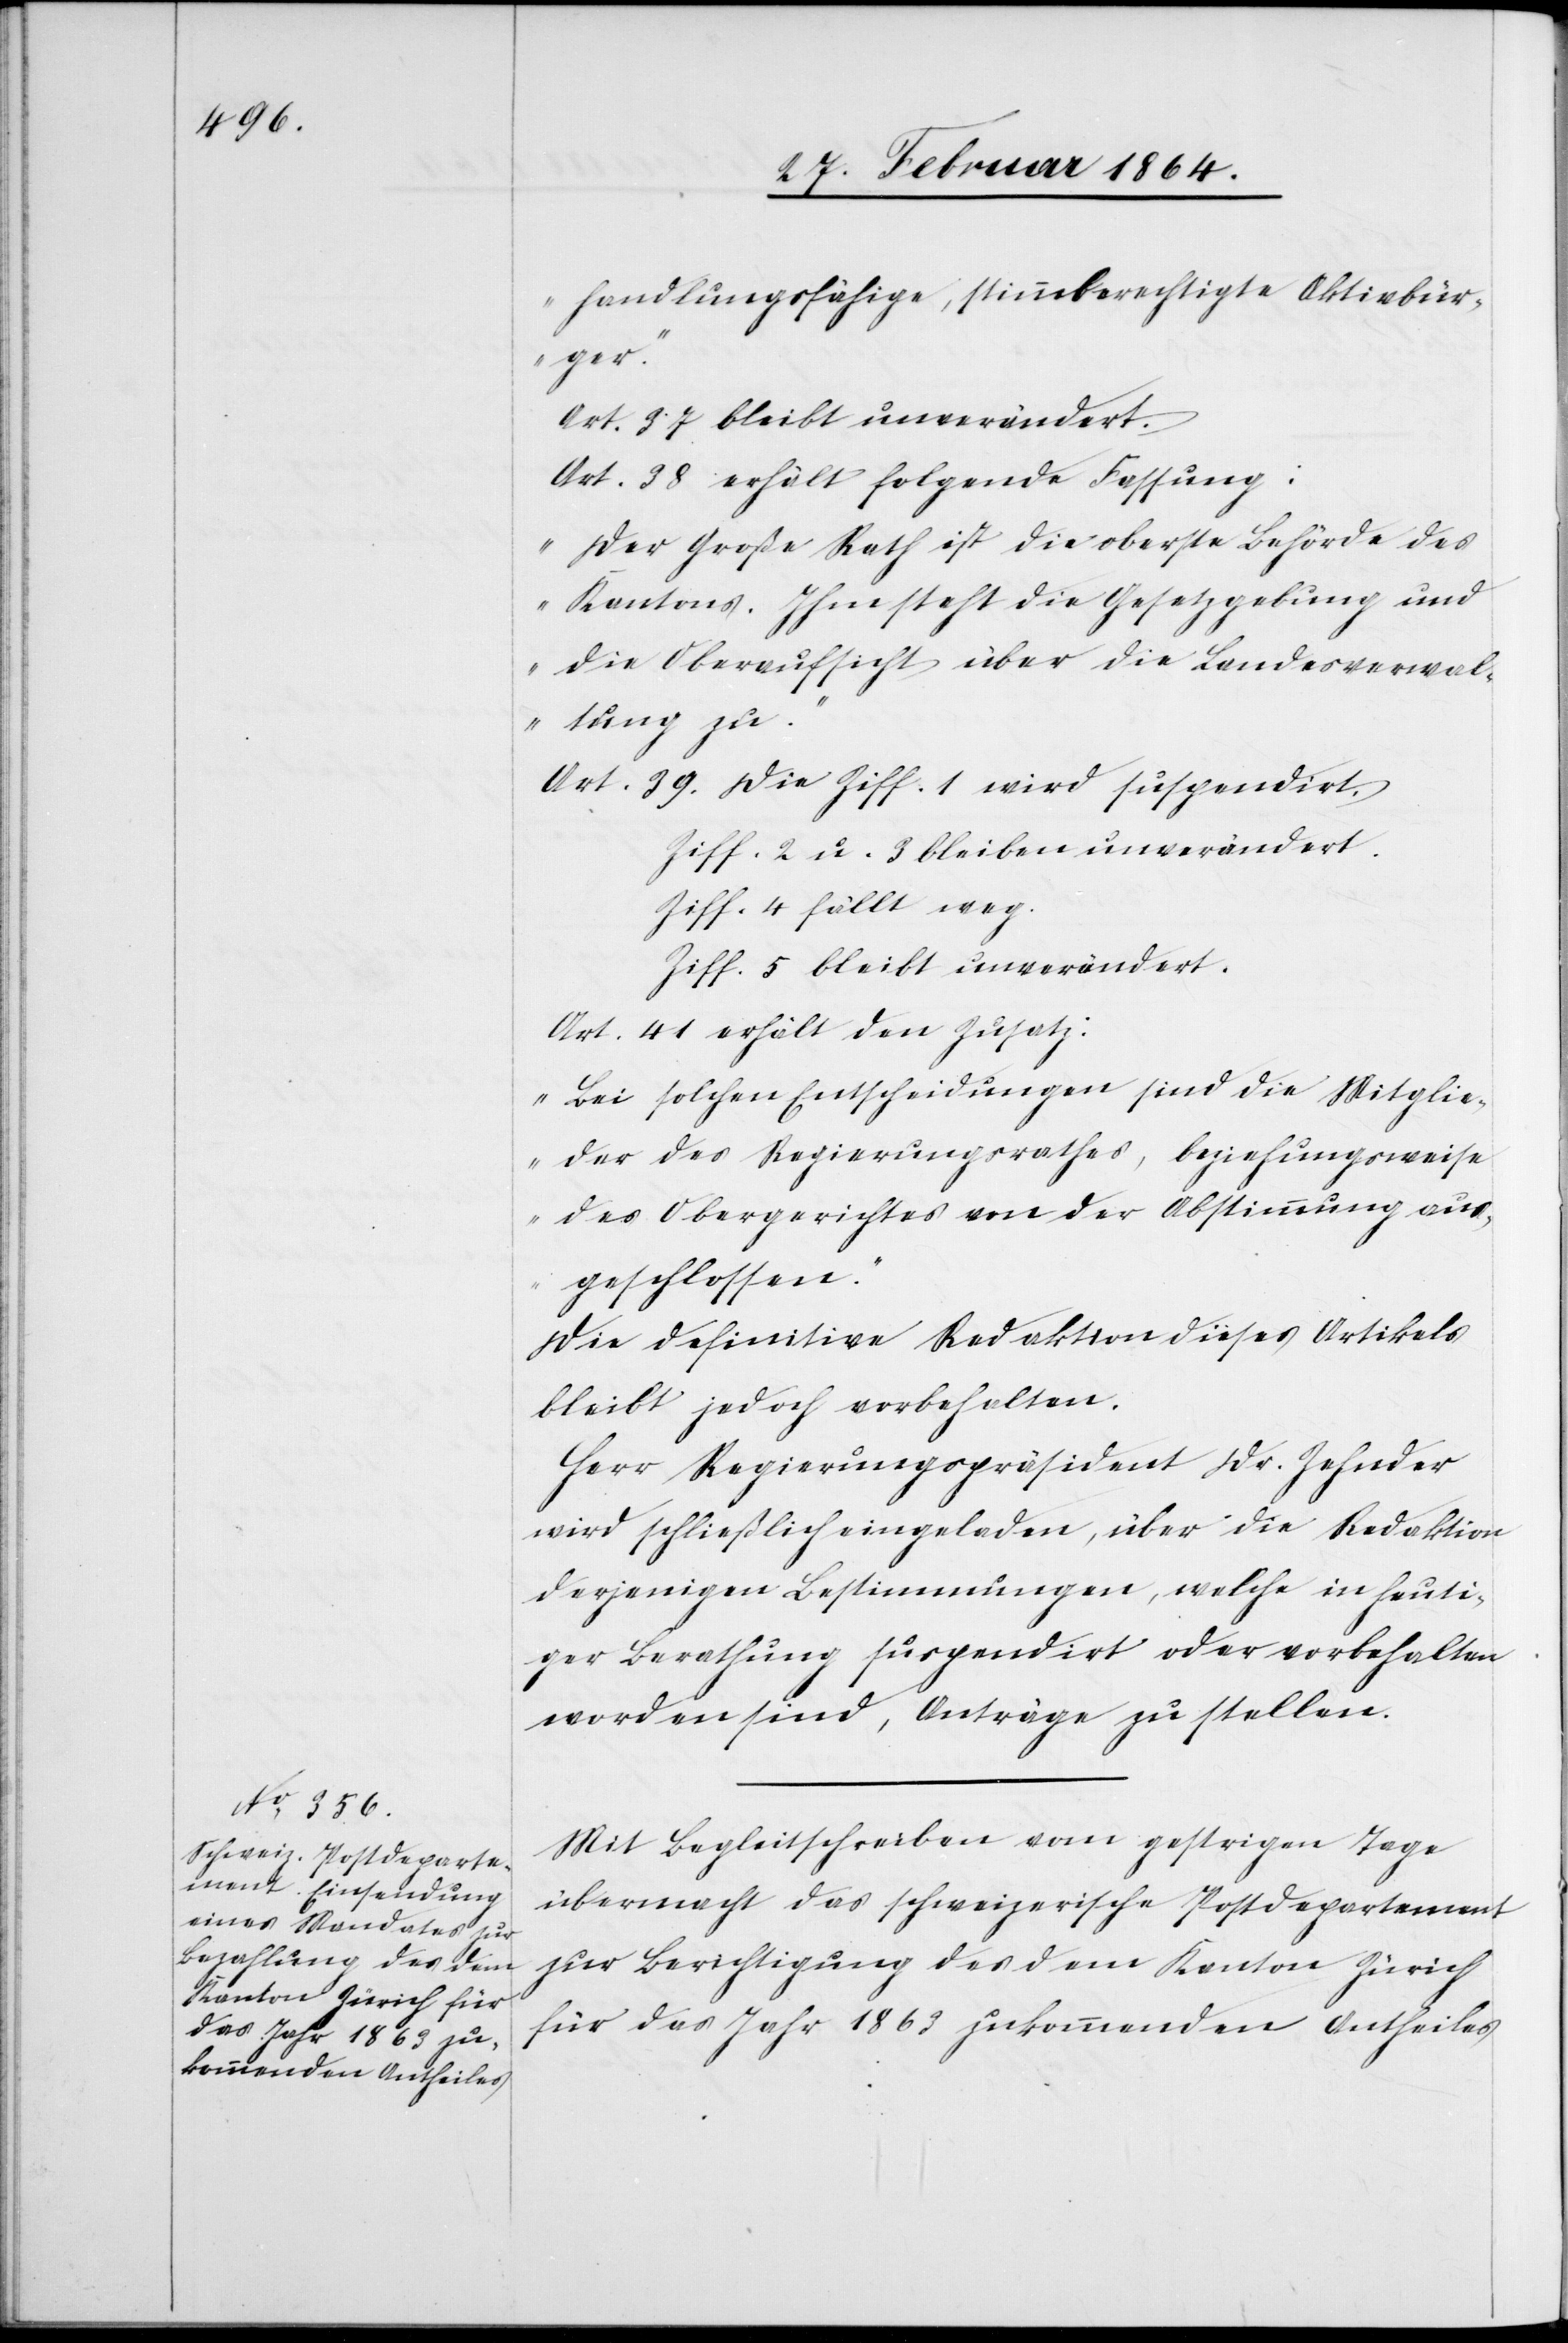
handlungsfähige, stimmberechtigte Aktivbür¬
ger.“
Art. 37 bleibt unverändert.
Art. 38 erhält folgende Fassung:
„Der Große Rath ist die oberste Behörde des
Kantons. Ihm steht die Gesetzgebung und
die Oberaufsicht über die Landesverwal¬
tung zu.“
Art. 39. Die Ziff. 1 wird suspendirt.
Ziff. 2 u. 3 bleiben unverändert.
Ziff. 4 fällt weg.
Ziff. 5 bleibt unverändert.
Art. 41 erhält den Zusatz:
„Bei solchen Entscheidungen sind die Mitglie¬
der des Regierungsrathes, beziehungsweise
des Obergerichtes von der Abstimmung aus¬
geschlossen.“
Die definitive Redaktion dieses Artikels
bleibt jedoch vorbehalten.
Herr Regierungspräsident Dr. Zehnder
wird schließlich eingeladen, über die Redaktion
derjenigen Bestimmungen, welche in heuti¬
ger Berathung suspendirt oder vorbehalten
worden sind, Anträge zu stellen.
Mit Begleitschreiben vom gestrigen Tage
übermacht das schweizerische Postdepartement
zur Berichtigung des dem Kanton Zürich
für das Jahr 1863 zukommenden Antheiles